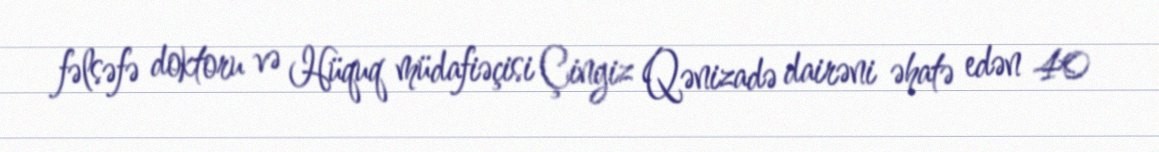
fəlsəfə doktoru və Hüquq müdafiəçisi Çingiz Qənizadə dairəni əhatə edən 40